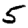
Digit: 5